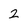
Character: 2